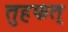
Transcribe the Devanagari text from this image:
तुहफत्